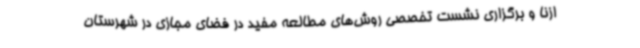
ازنا و برگزاری نشست تخصصی روش‌های مطالعه مفید در فضای مجازی در شهرستان